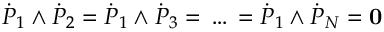
{ \dot { P } } _ { 1 } \wedge { \dot { P } } _ { 2 } = { \dot { P } } _ { 1 } \wedge { \dot { P } } _ { 3 } = \, \dots \, = { \dot { P } } _ { 1 } \wedge { \dot { P } } _ { N } = { \bf 0 }